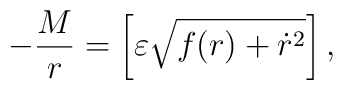
- \frac{M}{r} = \left[ \varepsilon \sqrt{f(r) + \dot{r}^2} \right],